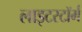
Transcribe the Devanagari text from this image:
लाइटस्टॉर्म